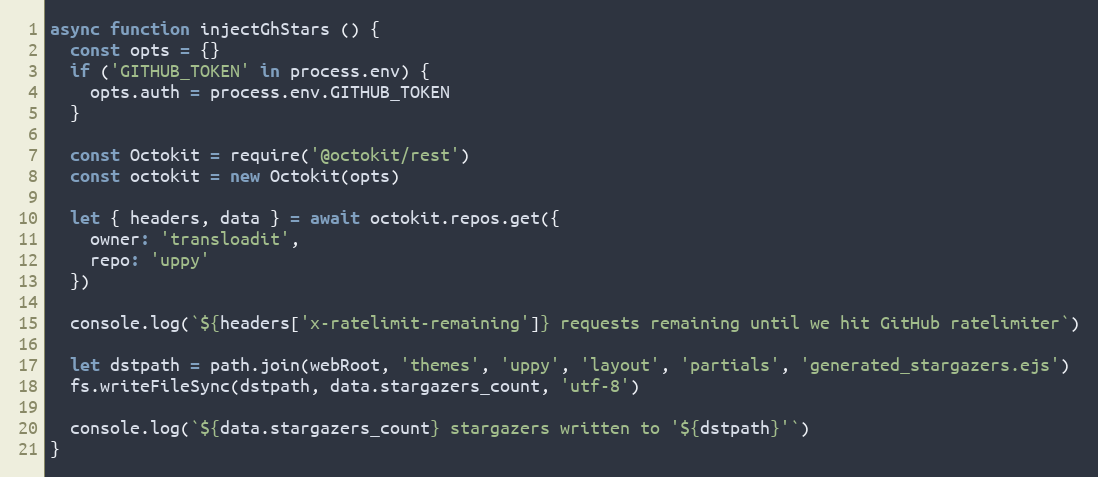
Language: JavaScript
async function injectGhStars () {
  const opts = {}
  if ('GITHUB_TOKEN' in process.env) {
    opts.auth = process.env.GITHUB_TOKEN
  }

  const Octokit = require('@octokit/rest')
  const octokit = new Octokit(opts)

  let { headers, data } = await octokit.repos.get({
    owner: 'transloadit',
    repo: 'uppy'
  })

  console.log(`${headers['x-ratelimit-remaining']} requests remaining until we hit GitHub ratelimiter`)

  let dstpath = path.join(webRoot, 'themes', 'uppy', 'layout', 'partials', 'generated_stargazers.ejs')
  fs.writeFileSync(dstpath, data.stargazers_count, 'utf-8')

  console.log(`${data.stargazers_count} stargazers written to '${dstpath}'`)
}